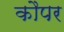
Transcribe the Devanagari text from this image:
कौपर